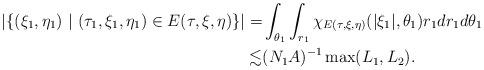
LaTeX: \begin{align*} | \{ (\xi_1, \eta_1) \ | \ (\tau_1, \xi_1, \eta_1) \in E(\tau, \xi,\eta) \} |= & \int_{\theta_1} \int_{r_1} {\chi}_{E(\tau,\xi,\eta)} (|\xi_1|, \theta_1) r_1 d r_1 d \theta_1 \\\lesssim & (N_1A)^{-1}\max (L_1, L_2).\end{align*}